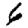
Digit: 6